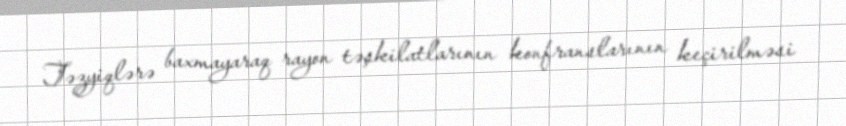
Təzyiqlərə baxmayaraq rayon təşkilatlarının konfranslarının keçirilməsi